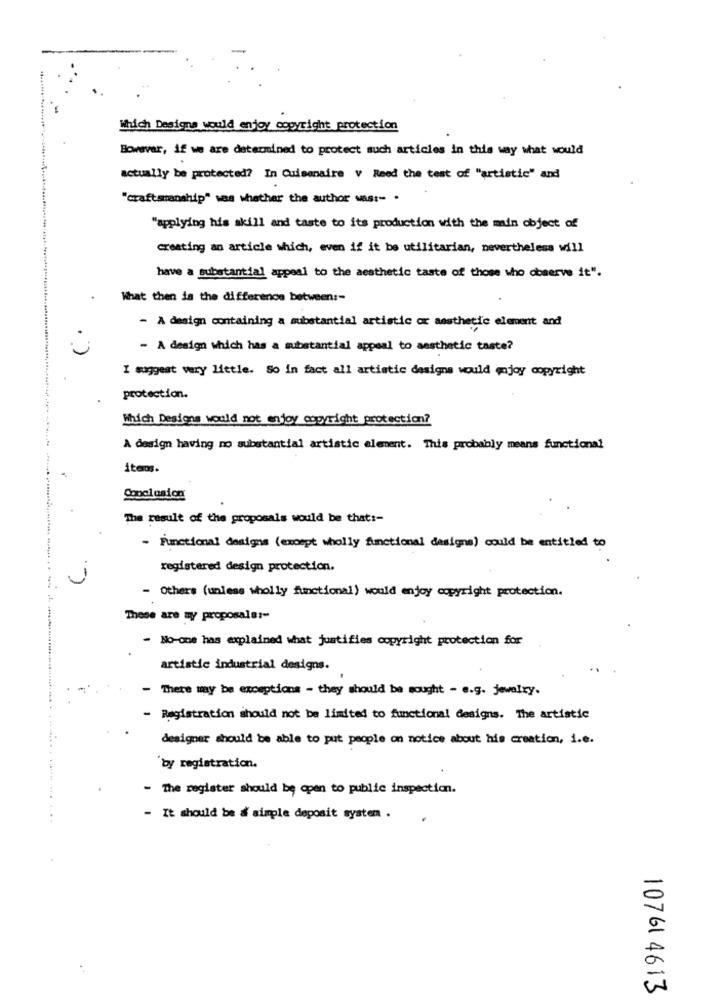
Which Designs would enjoy copyright protection
Bowavar, if we are determined to protect such articles in this way what would
actually be protected? In Cuisenaire v Reed the test of "artistic" and
"craftsmanship" was whether the author was :- .
"applying his akill and taste to its production with the main object of
creating an article which, even if it be utilitarian, nevertheless will
have a substantial appeal to the aesthetic taste of those who observe it".
What then ia the difference between :-
- A design containing a substantial artistic or aesthetic element and
- A design which has a substantial appeal to aesthetic taste?
I suggest very little. So in fact all artistic designs would enjoy copyright
protection.
Which Desions would not enjoy copyright protection?
A design having no substantial artistic element. This probably means functional
items.
The result of the proposals would be that :-
- Functional designs (except wholly functional designs) could be entitled to
registered design protection.
- Others (unless wholly functional) would enjoy copyright protection.
These are my proposals :-
- No-one has explained what justifies copyright protection for
artistic industrial designs.
- There may be exceptions - they should be sought - e.g. jewelry.
- Registration should not be limited to functional designs. The artistic
designer should be able to put people on notice about his creation, i.e.
"by registration.
- The register should be open to public inspection.
- It should be a simple deposit system .
10761 4613